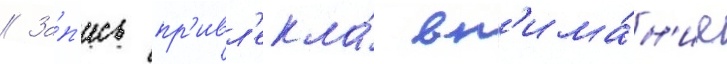
// За́п'ись пр'ивл'екла́ вн'има́н'ие